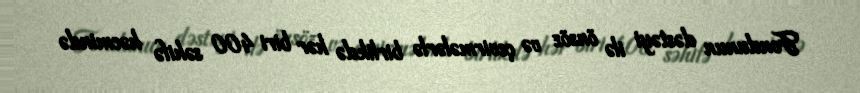
Fondunun dəstəyi ilə önsöz və çevirmələrlə birlikdə hər biri 400 səhifə həcmində